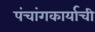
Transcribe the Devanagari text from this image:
पंचांगकार्याची